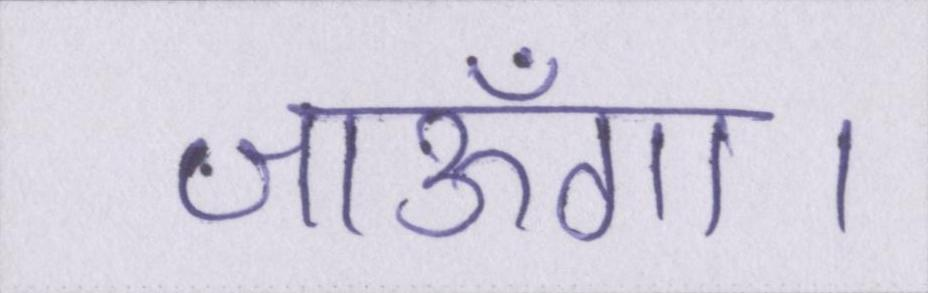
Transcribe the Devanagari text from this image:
जाऊँगा।